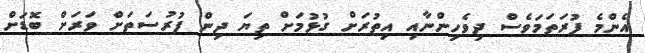
އެންމެ ފުރަތަމަވެސް ދިވެހިންނާއި އިތުރަށް ގުޅުމަށް ތިޔަ ދިން ފުރުސަތަށް ވަރަށް ބޮޑަށް